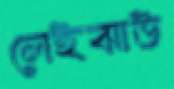
লেইঝাউ